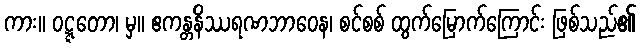
ကား။ ဝဋ္ဋတော၊ မှ။ ဧကန္တနိဿရဏဘာဝေန၊ စင်စစ် ထွက်မြောက်ကြောင်း ဖြစ်သည်၏